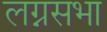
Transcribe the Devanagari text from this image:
लग्नसभा